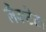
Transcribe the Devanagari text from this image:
लैक्टेट।